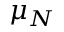
\mu _ { N }